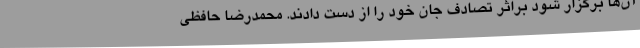
آن‌ها برگزار شود براثر تصادف جان خود را از دست دادند. محمدرضا حافظی